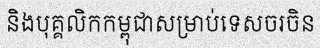
និងបុគ្គលិកកម្ពុជាសម្រាប់ទេសចរចិន